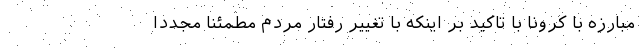
مبارزه با کرونا با تاکید بر اینکه با تغییر رفتار مردم مطمئناً مجددا